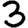
Digit: 3